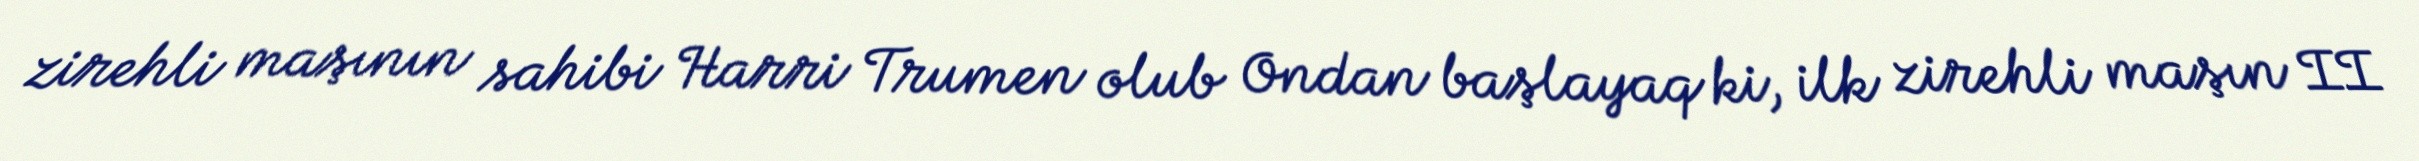
zirehli maşının sahibi Harri Trumen olub Ondan başlayaq ki, ilk zirehli maşın II